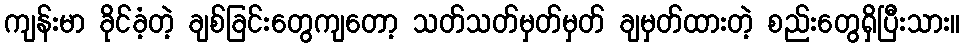
ကျန်းမာ ခိုင်ခံ့တဲ့ ချစ်ခြင်းတွေကျတော့ သတ်သတ်မှတ်မှတ် ချမှတ်ထားတဲ့ စည်းတွေရှိပြီးသား။